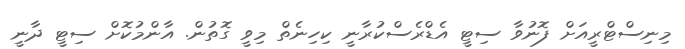
މިނިސްޓްރީއަށް ފޮނުވާ ސިޓީ އެޑްރެސްކުރާނީ ކިހިނެތް މިވީ ގޮތުން. އާންމުކޮށް ސިޓީ ދާނީ